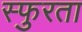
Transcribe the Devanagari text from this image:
स्फुरता